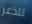
للذعر